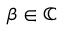
\beta \in \mathbb { C }